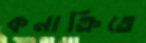
কনাক্রিতে